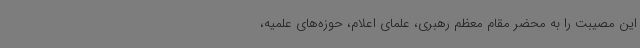
این مصیبت را به محضر مقام معظم رهبری، علمای اعلام، حوزه‌های علمیه،